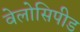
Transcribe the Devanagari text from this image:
वेलोसिपीड